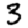
Digit: 3